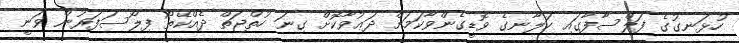
ހުޅަނގުގެ ފަލްސާފާގައި ކަލާނގެ ވޮޑީގެންވާކަމަށް ދަޢުވާކޮށް ގިނަ ހުތްޖަތް ދެއްކޭތޯ ފިލޯސަފަރުން ވަނީ